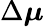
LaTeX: \Delta\boldsymbol{\mu}